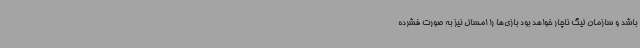
باشد و سازمان لیگ ناچار خواهد بود بازی‌ها را امسال نیز به صورت فشرده